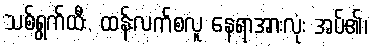
သစ်ရွက်ထီး, ထန်းလက်စလူ နေရာအားလုံး အပ်၏၊